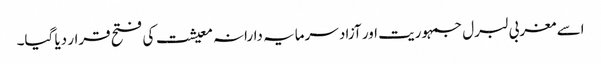
اسے مغربی لبرل جمہوریت اور آزاد سرمایہ دارانہ معیشت کی فتح قرار دیا گیا۔